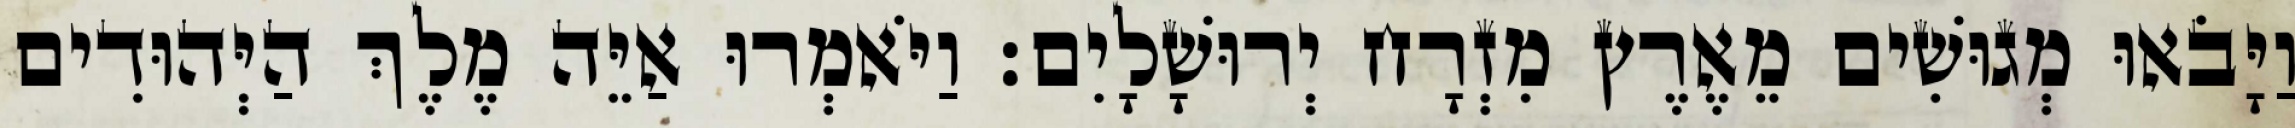
וַיָּבֹאוּ מְגוּשִׁים מֵאֶרֶץ מִזְרָח יְרוּשָׁלָיִם׃ וַיֹּאמְרוּ אַיֵּה מֶלֶךְ הַיְּהוּדִים